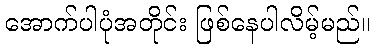
အောက်ပါပုံအတိုင်း ဖြစ်နေပါလိမ့်မည်။